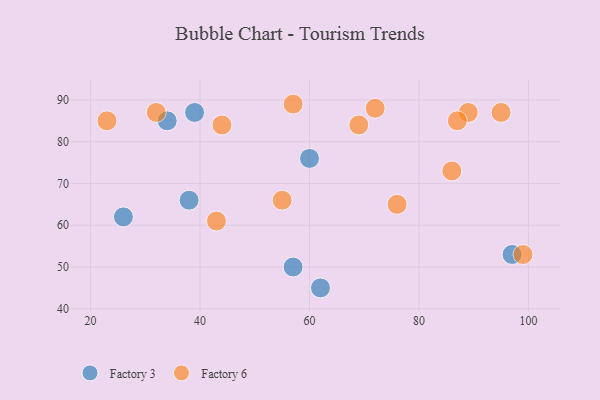
{"axis": {"x": "GDP", "y": "Life Expectancy"}, "legend": ["Factory 3", "Factory 6"], "data": [{"x": "57", "y": 50, "type": "Factory 3"}, {"x": "62", "y": 45, "type": "Factory 3"}, {"x": "34", "y": 85, "type": "Factory 3"}, {"x": "60", "y": 76, "type": "Factory 3"}, {"x": "97", "y": 53, "type": "Factory 3"}, {"x": "39", "y": 87, "type": "Factory 3"}, {"x": "26", "y": 62, "type": "Factory 3"}, {"x": "38", "y": 66, "type": "Factory 3"}, {"x": "43", "y": 61, "type": "Factory 6"}, {"x": "57", "y": 89, "type": "Factory 6"}, {"x": "55", "y": 66, "type": "Factory 6"}, {"x": "32", "y": 87, "type": "Factory 6"}, {"x": "69", "y": 84, "type": "Factory 6"}, {"x": "89", "y": 87, "type": "Factory 6"}, {"x": "23", "y": 85, "type": "Factory 6"}, {"x": "99", "y": 53, "type": "Factory 6"}, {"x": "76", "y": 65, "type": "Factory 6"}, {"x": "44", "y": 84, "type": "Factory 6"}, {"x": "95", "y": 87, "type": "Factory 6"}, {"x": "72", "y": 88, "type": "Factory 6"}, {"x": "87", "y": 85, "type": "Factory 6"}, {"x": "86", "y": 73, "type": "Factory 6"}]}